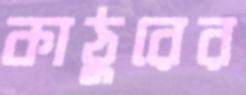
কাঠুরের